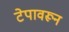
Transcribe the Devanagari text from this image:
टेपावरून